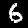
Label: 6